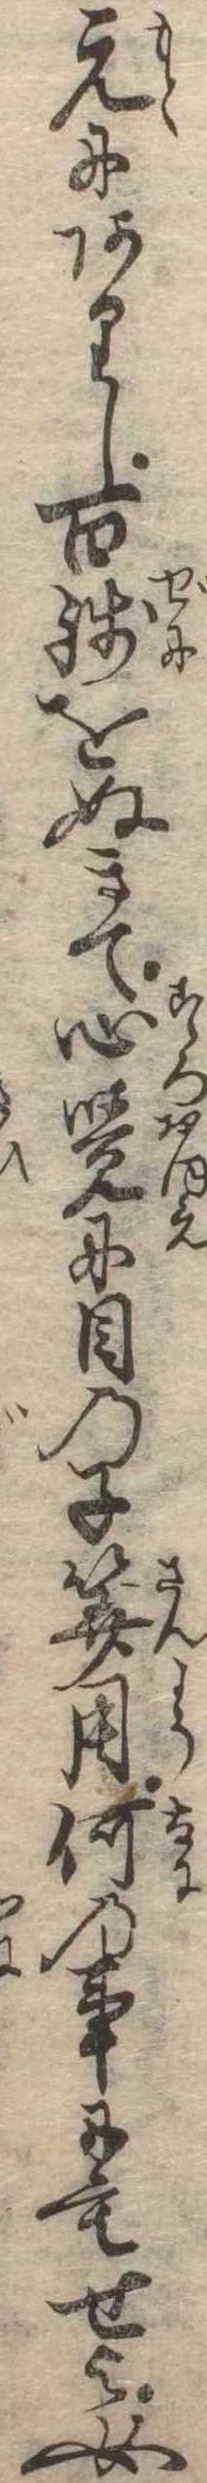
元にありし百銭をぬきて心覚に目の子算用何の事にもせよ女